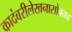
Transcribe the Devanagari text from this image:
कादंबरीलेखनासोबतच